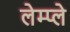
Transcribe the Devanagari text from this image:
लेम्प्ले